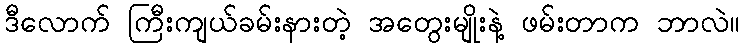
ဒီလောက် ကြီးကျယ်ခမ်းနားတဲ့ အတွေးမျိုးနဲ့ ဖမ်းတာက ဘာလဲ။